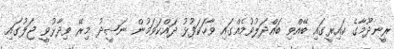
ރީނދޫމާގެ ކައިރީގައި ބޭއްވި ބައްދަލުވުމެއްގައި ވާހަކަފުޅު ދައްކަވަމުން ނަޝީދު މިރޭ ވިދާޅުވީ ޖަލުގައި